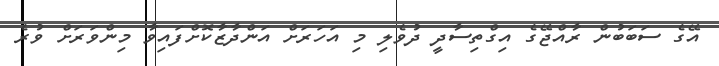
އޭގެ ސަބަބުން ރާއްޖޭގެ އިގްތިސާދީ ދުވެލި މި އަހަރަށް އަންދާޒާކޮށްފައިވާ މިންވަރަށް ވުރެ